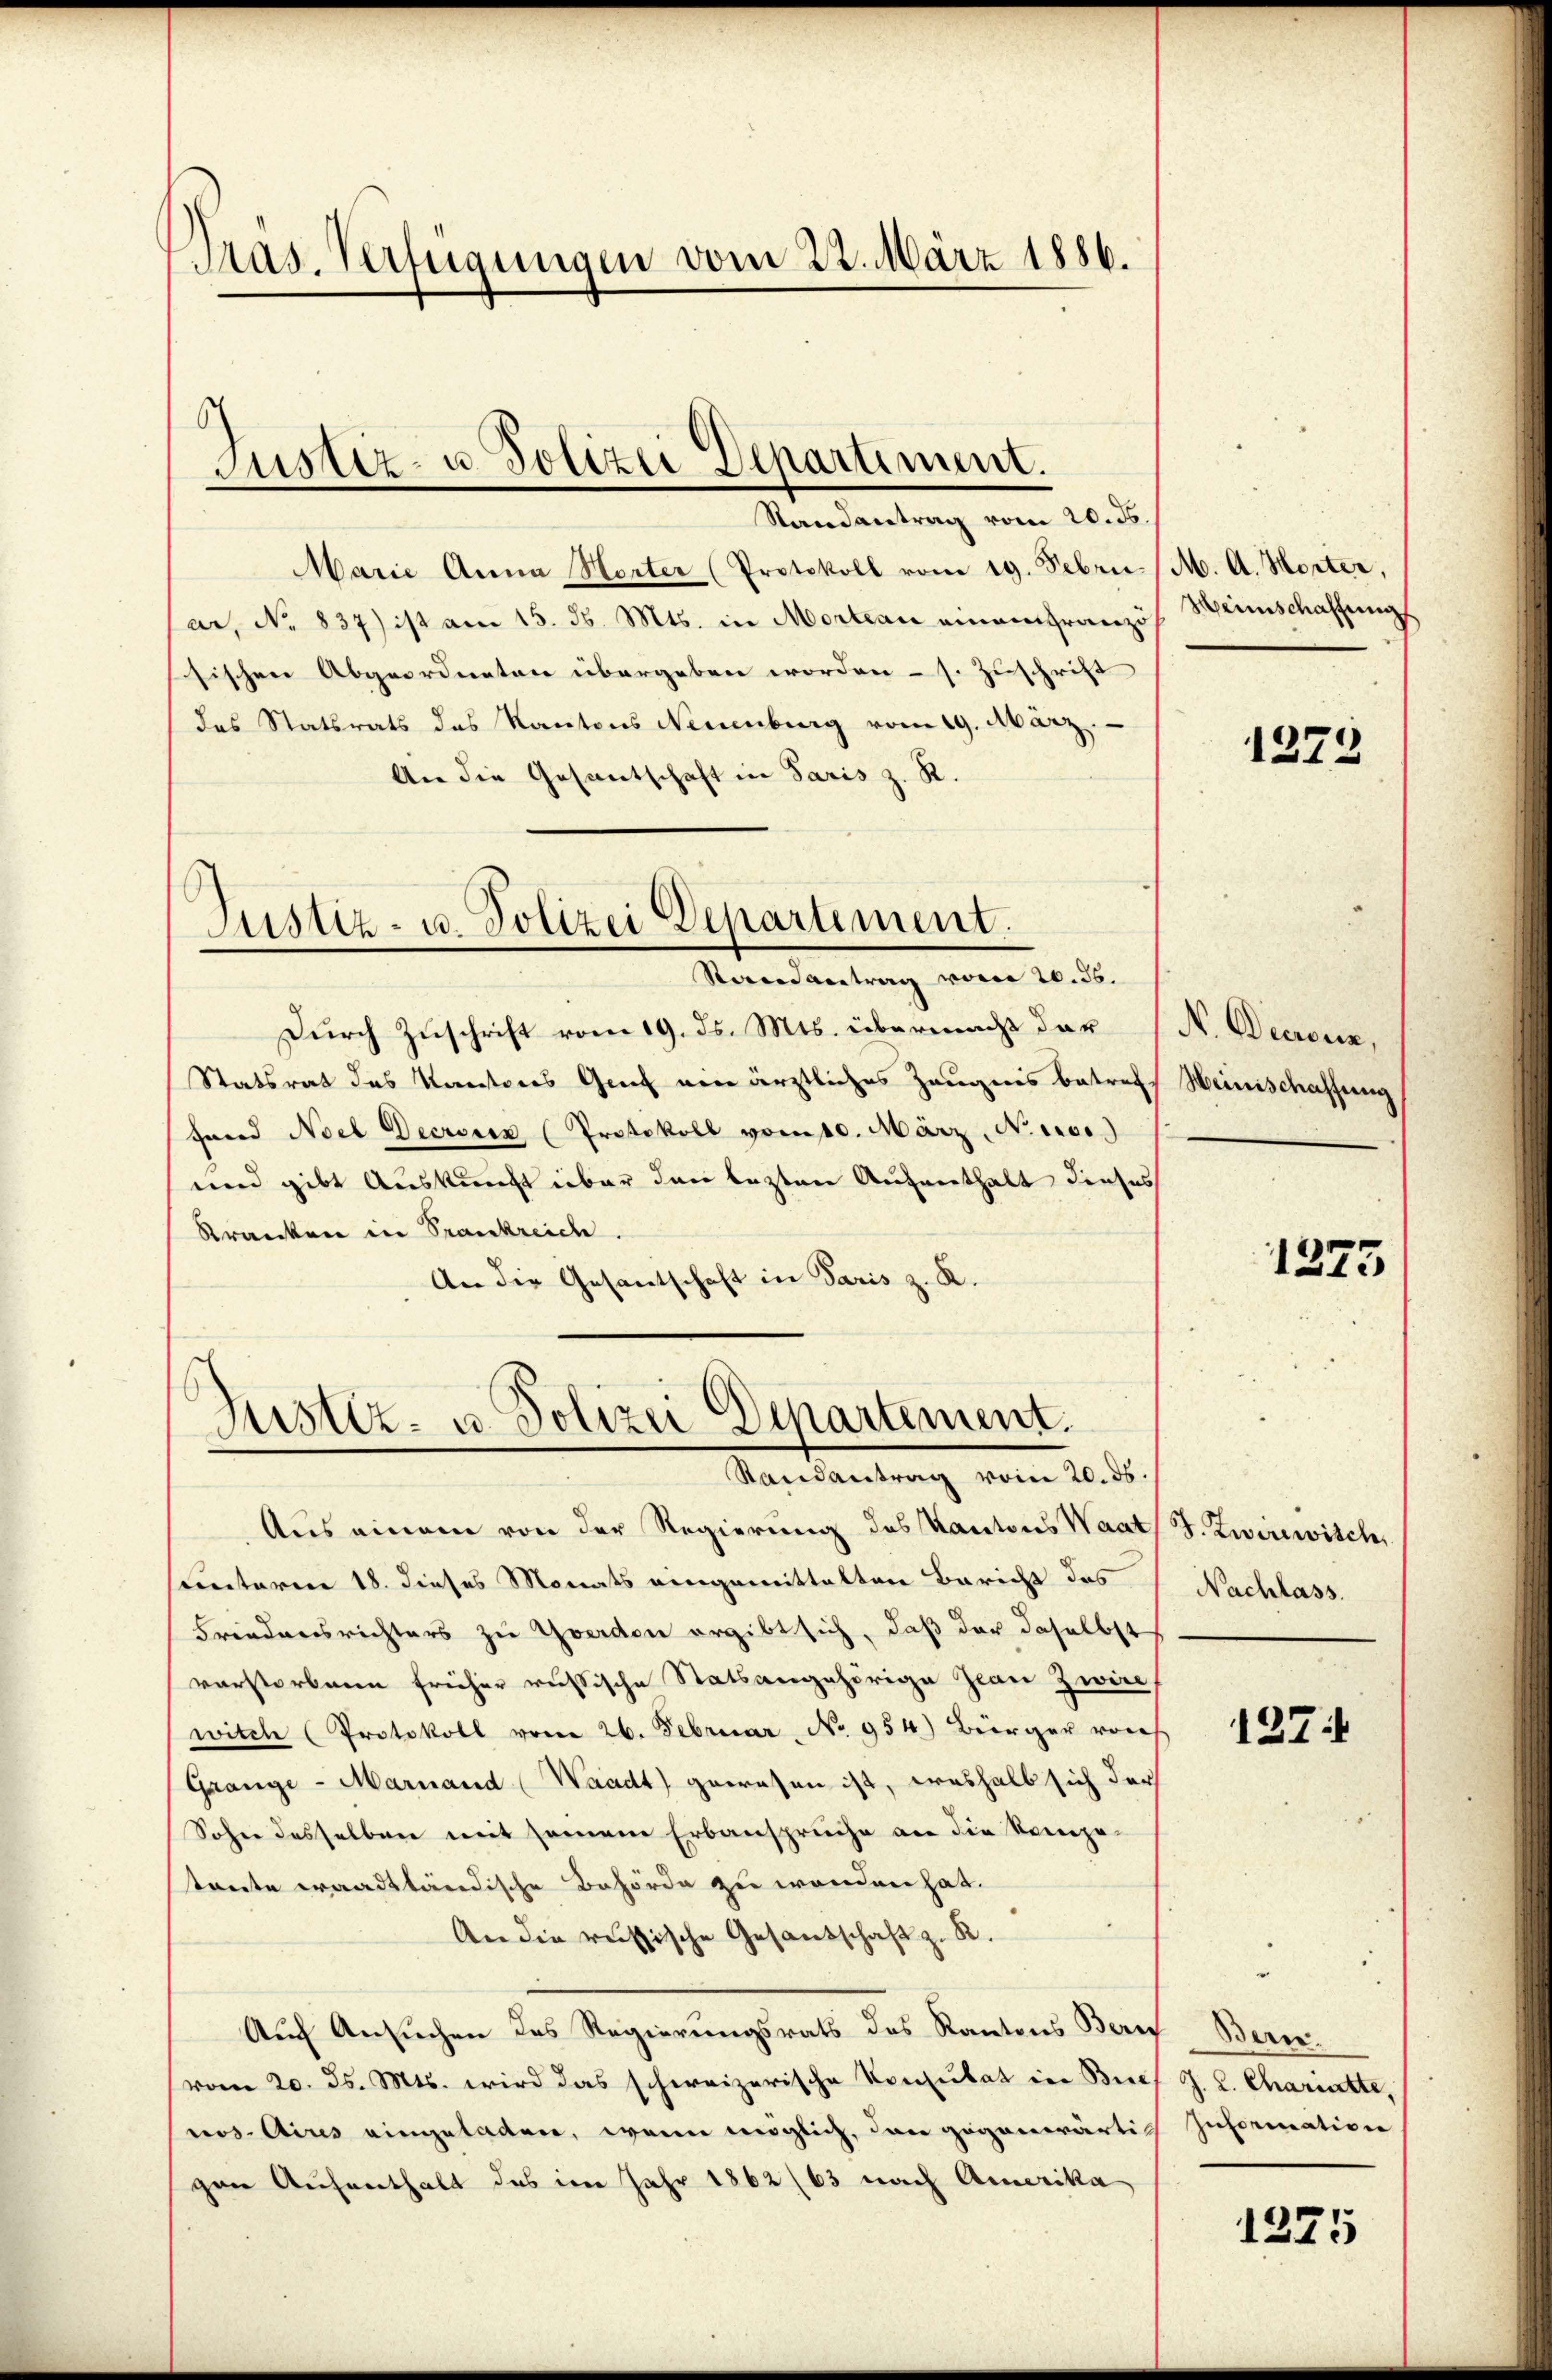
Präs. Verfügungen vom 22. März 1886.

Justiz- u. Polizei Departiment.

Randantrag vom 20. ds.
Marie Anna Horter (Protokoll vom 19. Febr. / M. A. Horter,
ar, No 837) ist am 15. d. Mts. in Morteau einem französ
sischen Abgeordneten übergeben worden - s. Zuschrift
das Statsrats des Kantons Neuenburg vom 19. März
An die Gesantschaft in Paris z. R.

Justiz- u. Polizei Departement.
Sorandvertrag vom 20. 56.

Durch Zuschrift vom 19. ds. Mts. übermacht der (N. Decreuz,
Statsrat des Kantons Genf ein ärztliches Zeugnis betreff Weinischaffung
Hand Noel Decroicz (Protokoll vom 10. März, N. 1100.)
und gibt Auskunft über den lezten Aufenthalt dieses
Kranken in Frankreich.
An die Gesantschaft in Paris z. R.

Justiz- u. Polizei Departement.
Randantrag vom 20. ds.

Aus einem von der Regierung des Kantons Waat
sunteren 18. dieses Monats eingemittelten Bericht des
Friedensrichters zu Yverden ergibt sich, daß der daselbst
vorstorbene früher russische Statsangehörige Jean zwin
witch (Protokoll von 26. Februar No 954) Bürger von
Grange - Marnand (Waadt) gewesen ist, weshalb sich der
Sohne desselben mit seinem Erbanspruche an die kompetreite waadtländische Behörde zu wenden hat.
An die russische Gesandschaft z. R.
Auf Ansuchen des Regierungsrats des Kantons Berey Bere
vom 20. ds. Mts. wird das schweizerische Konsulat in Brief G. L. Chariatte,
nos Aires eingeladen, wenn möglich, dann gegenwärtig Information
ger Aufenthalt das im Jahr 1862 (63 nach Amerika

Weinschaffung

1373

127.

1275

J. Zwirewisch
Nachlass.

1275